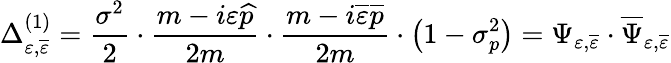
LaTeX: \Delta_{\varepsilon,\overline{{{\varepsilon}}}}^{(1)}=\frac{\sigma^{2}}2\cdot\frac{m-i\varepsilon\widehat{p}}{2m}\cdot\frac{m-i\overline{{{\varepsilon}}}\overline{{{p}}}}{2m}\cdot\left(1-\sigma_{p}^{2}\right)=\Psi_{\varepsilon,\overline{{{\varepsilon}}}}\cdot\overline{{{\Psi}}}_{\varepsilon,\overline{{{\varepsilon}}}}